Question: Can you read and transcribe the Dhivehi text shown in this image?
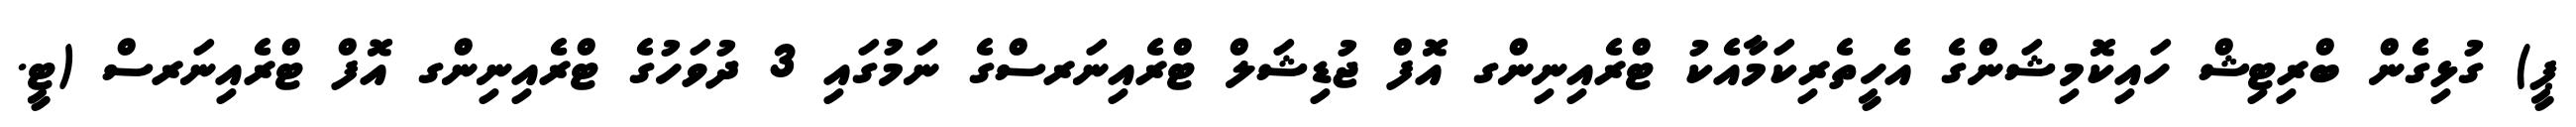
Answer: ޕީ) ގުޅިގެން ބްރިޓިޝް ހައިކޮމިޝަންގެ އެހީތެރިކަމާއެކު ޓްރެއިނިންގ އޮފް ޖުޑިޝަލް ޓްރެއިނަރސްގެ ނަމުގައި 3 ދުވަހުގެ ޓްރެއިނިންގ އޮފް ޓްރެއިނަރސް (ޓީ.